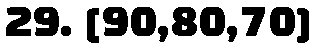
29. [90,80,70]